Report of the Indian Hemp Drugs Commission, 1894-1895 - Volume VI
Year: 1894
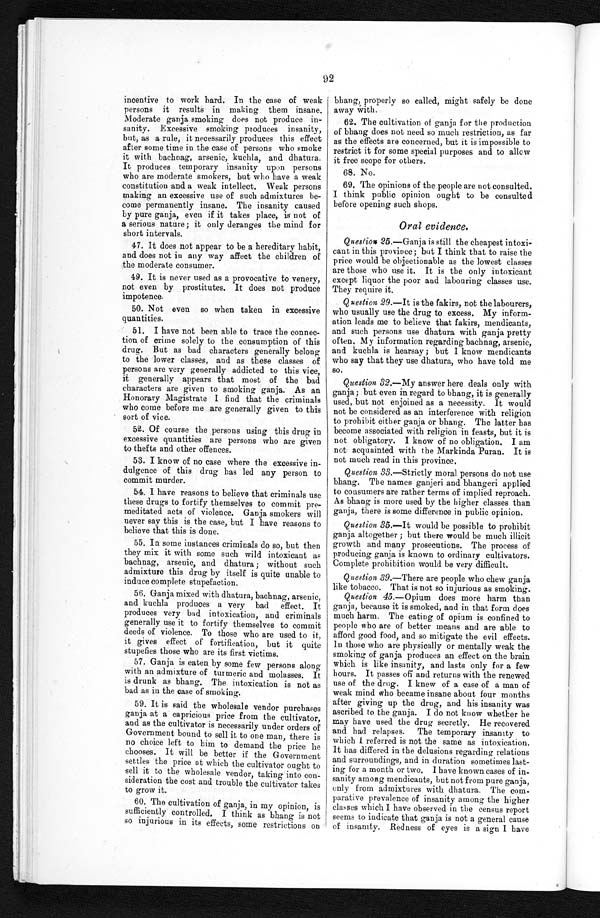
92
incentive to work hard. In the case of weak
persons it results in making them insane.
Moderate ganja smoking does not produce in-
sanity. Excessive smoking produces insanity,
but, as a rule, it necessarily produces this effect
after some time in the case of persons who smoke
it with bachnag, arsenic, kuchla, and dhatura.
It produces temporary insanity upon persons
who are moderate smokers, but who have a weak
constitution and a weak intellect. Weak persons
making an excessive use of such admixtures be
- c o m e p e r m a n e n t l y i n s a n e . T h e i n s a n i t y c a u s e d
by pure ganja, even if it takes place, is not of
a serious nature; it only deranges the mind for
short intervals.
47. It does not appear to be a hereditary habit,
and does not in any way affect the children of
the moderate consumer.
49. It is never used as a provocative to venery,
not even by prostitutes. It does not produce
impotence.
50. Not even so when taken in excessive
quantities.
51. I have not been able to trace the connec
- t i o n o f c r i m e s o l e l y t o t h e c o n s u m p t i o n o f t h i s
drug. But as bad characters generally belong
to the lower classes, and as these classes of
persons are very generally addicted to this vice,
it generally appears that most of the bad
characters are given to smoking ganja. As an
Honorary Magistrate I find that the criminals
who come before me are generally given to this
sort of vice.
52. Of course the persons using this drug in
excessive quantities are persons who are given
to thefts and other offences.
53. I know of no case where the excessive in
- d u l g e n c e o f t h i s d r u g h a s l e d a n y p e r s o n t o
commit murder.
54. I have reasons to believe that criminals use
these drugs to fortify themselves to commit pre
- m e d i t a t e d a c t s o f v i o l e n c e . G a n j a s m o k e r s w i l l
never say this is the case, but I have reasons to
believe that this is done.
55. In some instances criminals do so, but then
they mix it with some such wild intoxicant as
bachnag, arsenic, and dhatura; without such
admixture this drug by itself is quite unable to
induce complete stupefaction.
56. Ganja mixed with dhatura, bachnag, arsenic,
and kuchla produces a very bad effect. It
produces very bad intoxication, and criminals
generally use it to fortify themselves to commit
deeds of violence. To those who are used to it,
it gives effect of fortification, but it quite
stupefies those who are its first victims.
57. Ganja is eaten by some few persons along
with an admixture of turmeric and molasses. It
is drunk as bhang. The intoxication is not as
bad as in the case of smoking.
59. It is said the wholesale vendor purchase
ganja at a capricious price from the cultivator
and as the cultivator is necessarily under orders of
Government bound to sell it to one man, there is
no choice left to him to demand the price he
chooses. It will be better if the Government
settles the price at which the cultivator ought to
sell it to the wholesale vendor, taking into con
- s i d e r a t i o n t h e c o s t a n d t r o u b l e t h e c u l t i v a t o r t a k e
to grow it.
60. The cultivation of ganja, in my opinion, is
s u f f i c i e n t l y c o n t r o l l e d . I t h i n k a s b h a n g i s n o t
so injurious in its effects, some restrictions on
bhang, properly so called, might safely be done
away with.
62. The cultivation of ganja for the production
of bhang does not need so much restriction, as far
as the effects are concerned, but it is impossible to
restrict it for some special purposes and to allow
it free scope for others
.
68. No.
69. The opinions of the people are not consulted.
I think public opinion ought to be consulted
before opening such shops.
Oral evidence.
Question 25.—Ganja is still the cheapest intoxi
- c a n t i n t h i s p r o v i n c e ; b u t I t h i n k t h a t t o r a i s e t h e
price would be objectionable as the lowest classes
are those who use it. It is the only intoxicant
except liquor the poor and labouring classes use.
They require it.
Question 29.—It is the fakirs, not the labourers,
who usually use the drug to excess. My inform
- a t i o n l e a d s m e t o b e l i e v e t h a t f a k i r s , m e n d i c a n t s ,
and such persons use dhatura with ganja pretty
often. My information regarding bachnag, arsenic,
and kuchla is hearsay; but I know mendicants
who say that they use dhatura, who have told me
s o .
Question 32.—My answer here deals only with
ganja; but even in regard to bhang, it is generally
used, but not enjoined as a necessity. It would
not be considered as an interference with religion
to prohibit either ganja or bhang. The latter has
become associated with religion in feasts, but it is
not obligatory. I know of no obligation. I am
not acquainted with the Markinda Puran. It is
not much read in this province.
Question 33.—Strictly moral persons do not use
bhang. The names ganjeri and bhangeri applied
to consumers are rather terms of implied reproach.
As bhang is more used by the higher classes than
ganja, there is some difference in public opinion.
Question 35.—It would be possible to prohibit
ganja altogether; but there would be much illicit
growth and many prosecutions. The process of
producing ganja is known to ordinary cultivators.
Complete prohibition would be very difficult.
Question 39.—There are people who chew ganja
like tobacco. That is not so injurious as smoking.
Question 45.—Opium does more harm than
ganja, because it is smoked, and in that form does
much harm. The eating of opium is confined to
people who are of better means and are able to
afford good food, and so mitigate the evil effects.
In those who are physically or mentally weak the
smoking of ganja produces an effect on the brain
which is like insanity, and lasts only for a few
hours. It passes off and returns with the renewed
use of the drug. I knew of a case of a man of
weak mind who became insane about four months
after giving up the drug, and his insanity was
ascribed to ganja. I do not know whether he
may have used the drug secretly. He recovered
and had relapses. The temporary insanity to
which I referred is not the same as intoxication.
It has differed in the delusions regarding relations
and surroundings, and in duration sometimes last
-ing for a month or two. I have known cases of in
-sanity among mendicants, but not from pure ganja,
only from admixtures with dhatura. The com
-parative prevalence of insanity among the higher
classes which I have observed in the census report
seems to indicate that ganja is not a general cause
of insanity. Redness of eyes is a sign I have